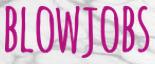
BLOWJOBS